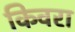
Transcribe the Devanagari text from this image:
किवरा